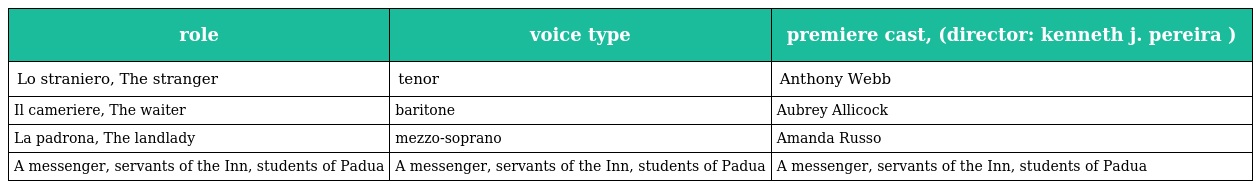
| role | voice type | premiere cast, (director: kenneth j. pereira ) |
 | --- | --- | --- |
 | Lo straniero, The stranger | tenor | Anthony Webb |
 | Il cameriere, The waiter | baritone | Aubrey Allicock |
 | La padrona, The landlady | mezzo-soprano | Amanda Russo |
 | A messenger, servants of the Inn, students of Padua | A messenger, servants of the Inn, students of Padua | A messenger, servants of the Inn, students of Padua |